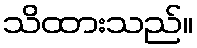
သိထားသည်။